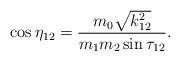
LaTeX: \begin{align*}\cos\eta_{12} = \frac{m_0 \sqrt{k_{12}^2}} {m_1 m_2 \sin\tau_{12}} .\end{align*}